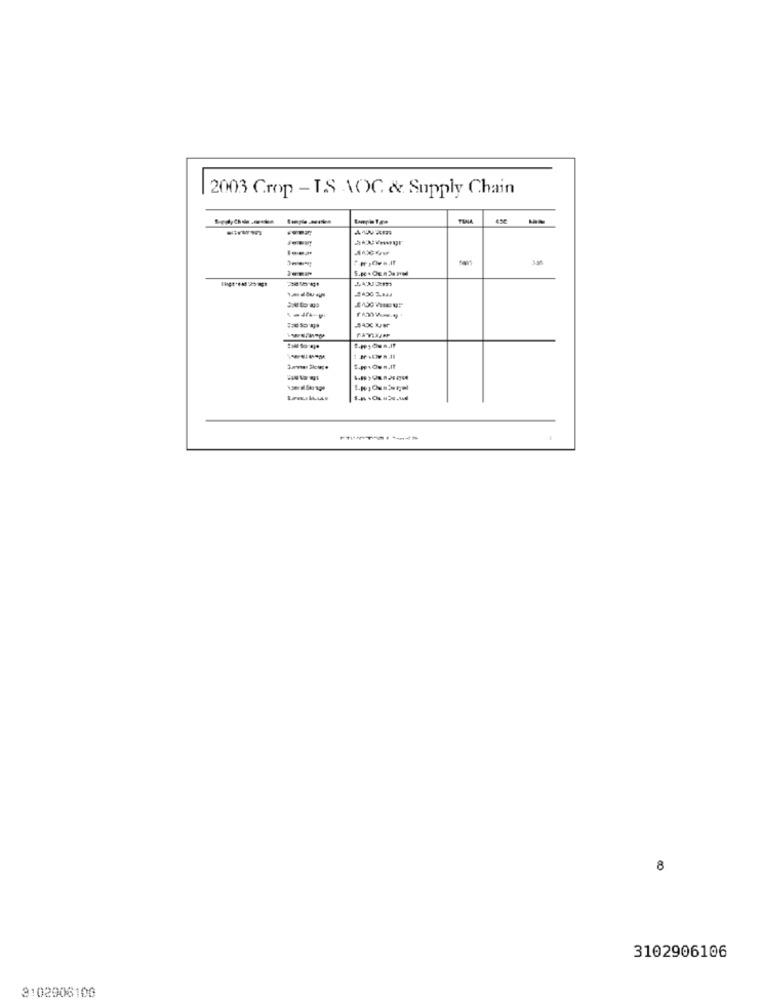
2003 Crop - TS AOC & Supply Chain
---
8
3102906106
3102906100